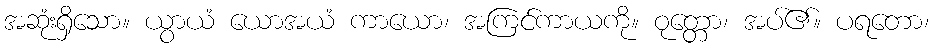
အဆုံးရှိသော။ ယွာယံ ယောအယံ ကာယော၊ အကြင်ကာယကို။ ဝုတ္တော၊ အပ်၏။ ပရတော၊